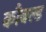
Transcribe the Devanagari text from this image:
कौबल्ड